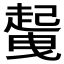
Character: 𲃐